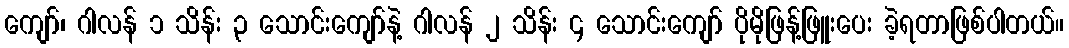
ကျော်၊ ဂါလန် ၁ သိန်း ၃ သောင်းကျော်နဲ့ ဂါလန် ၂ သိန်း ၄ သောင်းကျော် ပိုမိုဖြန့်ဖြူးပေး ခဲ့ရတာဖြစ်ပါတယ်။